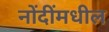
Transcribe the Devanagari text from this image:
नोंदींमधील